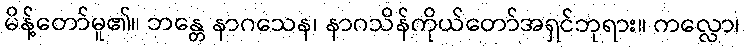
မိန့်တော်မူ၏။ ဘန္တေ နာဂသေန၊ နာဂသိန်ကိုယ်တော်အရှင်ဘုရား။ ကလ္လော၊